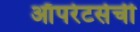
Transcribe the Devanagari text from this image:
ऑपरेटर्सची